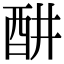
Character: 𬪦